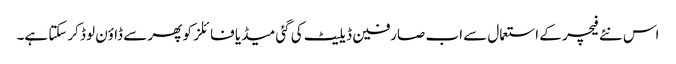
اس نئے فیچر کے استعمال سے اب صارفین ڈیلیٹ کی گئی میڈیا فائلز کو پھر سے ڈاؤن لوڈ کرسکتا ہے۔